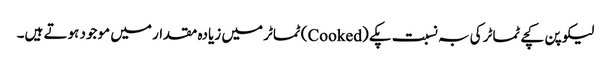
لیکوپن کچے ٹماٹر کی بہ نسبت پکے (Cooked) ٹماٹر میں زیادہ مقدار میں موجود ہوتے ہیں۔